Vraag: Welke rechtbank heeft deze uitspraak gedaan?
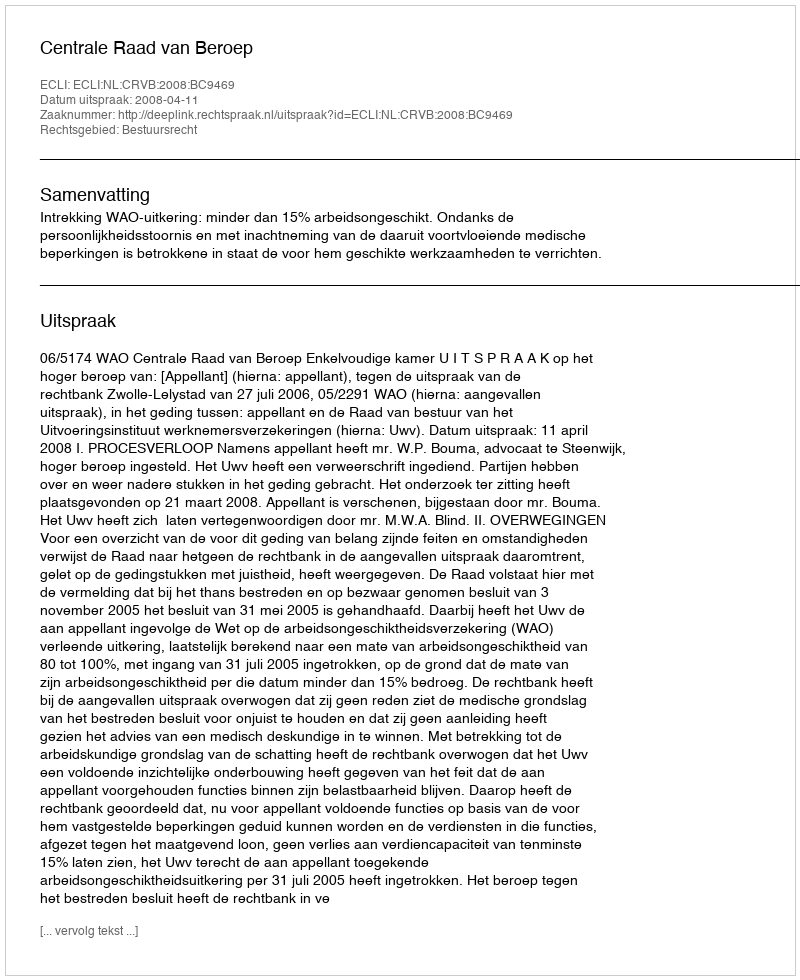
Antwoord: Centrale Raad van Beroep